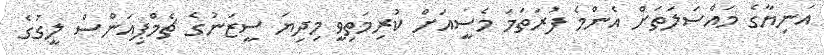
އަނިޔާގެ މައްސަލަތަށް އެންމެ ފުރަތަމަ މެސީއަށް ކުރިމަތިވީ މިދިޔަ ސީޒަނުގެ ޗެމްޕިއަންސް ލީގުގެ